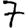
Digit: 7